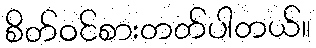
စိတ်ဝင်စားတတ်ပါတယ်။